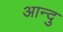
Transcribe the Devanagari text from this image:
आन्दु